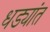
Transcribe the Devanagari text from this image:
धड्यांत